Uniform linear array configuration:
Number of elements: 16
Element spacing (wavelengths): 0.25
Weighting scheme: cosine
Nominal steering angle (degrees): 30
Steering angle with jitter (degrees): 31.879
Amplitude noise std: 0.05
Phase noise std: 0.05

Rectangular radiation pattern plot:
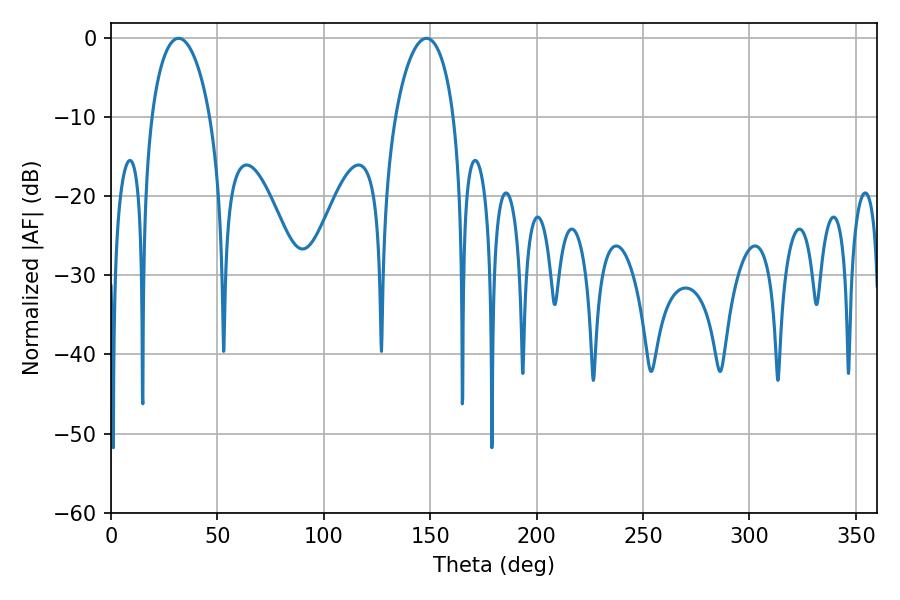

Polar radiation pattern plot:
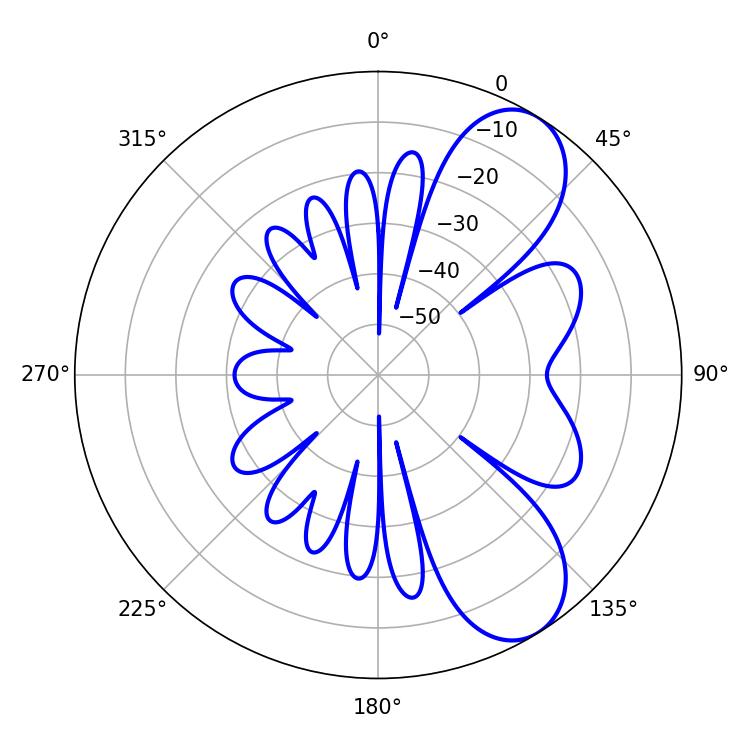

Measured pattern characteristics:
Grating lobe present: FALSE
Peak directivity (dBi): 8.019
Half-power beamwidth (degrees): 15.66
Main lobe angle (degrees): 31.68